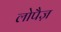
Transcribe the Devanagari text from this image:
लोपैज़